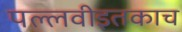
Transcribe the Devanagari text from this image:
पल्लवीइतकाच